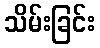
သိမ်းခြင်း